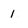
Character: 1